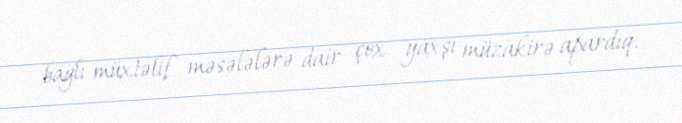
bağlı müxtəlif məsələlərə dair çox yaxşı müzakirə apardıq.